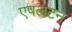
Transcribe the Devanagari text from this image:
एपलटन